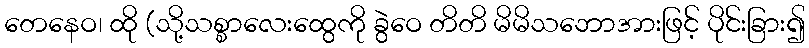
တေနေဝ၊ ထို (သို့သစ္စာလေးထွေကို ခွဲဝေ တိတိ မိမိသဘောအားဖြင့် ပိုင်းခြား၍